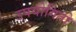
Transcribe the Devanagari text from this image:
उपयोगितो